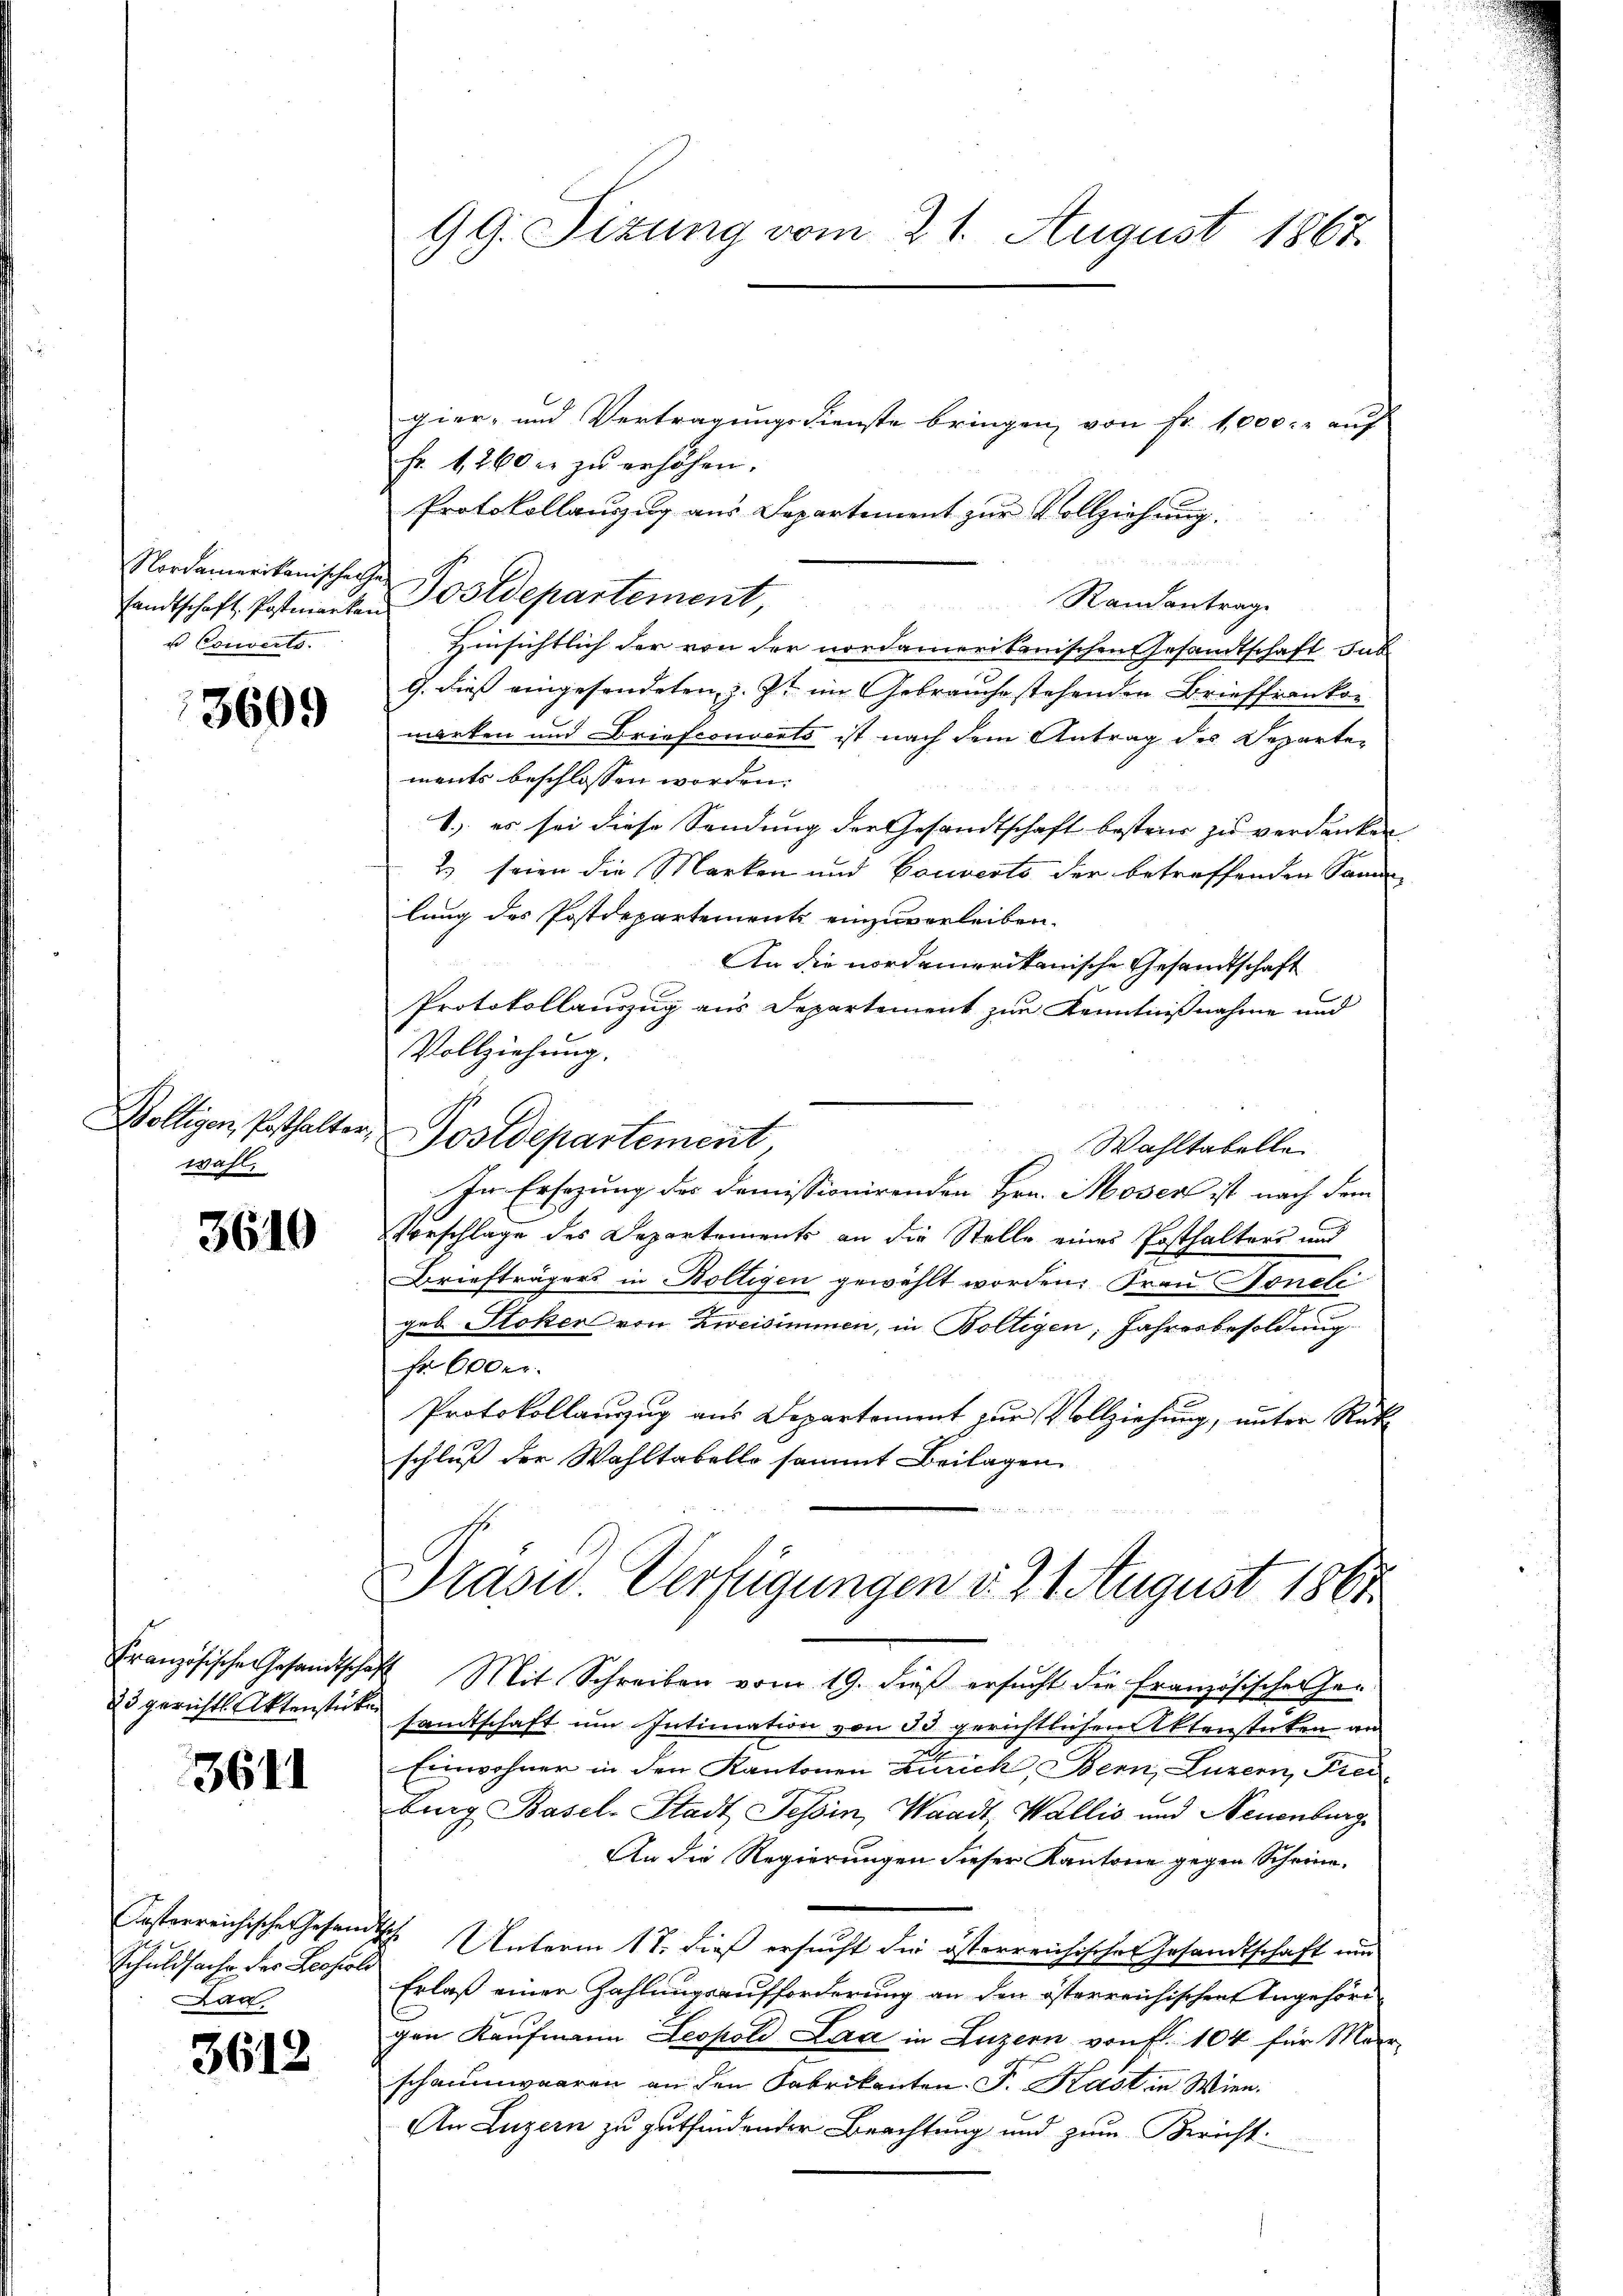
sandtschaft. Postmarken
u Converts.

3609

Wölligen, Posthalter,
wahl,

3610

3611

Festerreichische Gesam
Schuldsache der Leopole
a

3618

gier- und Vertragungsdienste bringen von Fr. 1,000. auch
Fr. 1260 er zu erhöhen.
Protokollauszug aus Departement zur Vollziehung.

Randantrage
Hinsichtlich der von der nordamerikanischen Gesandtschaft uns
G. dieß eingesondeten, z. Z. im Gebrauche stehenden Brieffrankon
marken und Briefconverts ist nach dem Antrag des Departe-
ments beschlossen worden.
1.) es sei diese Sendung der Gesandtschaft besteuer zu verdanken
2) seien die Marken und Couverts der betreffenden Samm-
lung des Postdepartements einzuverleiben.
An die nordamerikanische Gesandtschaft
Protokollauszug aus Departement zur Kenntnißnahme und
Vollziehung.
Postdepartement,
Wahltabelle
In Ersezung des domissionirenden Hrn. Moser ist nach dem
Vorschlage des Departements an die Stelle einer Posthalters und
Briefträgers in Boltigen gewählt worden: Frau Noneli
geb. Stoker von Zweisimmen, in Boltigen, Jahresbesoldung
fr 600er
Protokollauszug aus Departement zur Vollziehung, unter Rück
schluß der Wahltabello sammt Beilagen

99. Sizung vom 21. August 1867.

Nordammerikanischen Postdepartement,

Prasw. Verfügungen d. 24 August 1861

Französische Gesandtschaft Mit Schreiben vom 19. dieß ersucht die französischer Ge-
25 gerichts Aktenstete sandtschaft um Intimation von 33 gerichtlichen Aktenstücken an
Einwohner in den Kantonen Zürich, Bern, Luzern, Frei-
burg Basel-Stadt Tessin, Waadt, Wallis und Neuenburg
An die Regierungen dieser Kantone gegen Scheine.
 Unterm 18. dieß ersucht die österreichischen Gesandtschaft und
Erlaß einer Zahlungsaufforderung an den österreichischen Angehöre
gen Kaufmann Leopold Laa in Luzern von fl. 104 für Meer-
schaumwaaren an den Fabrikanten. F. Kast in Wien.
An Luzern zu gutfindender Beachtung und zum Bericht: